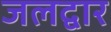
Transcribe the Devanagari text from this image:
जलद्वार